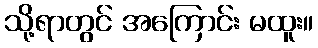
သို့ရာတွင် အကြောင်း မထူး။